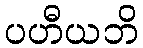
ပဟီယဘိ